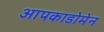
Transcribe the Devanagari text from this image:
आपकाडोमेन